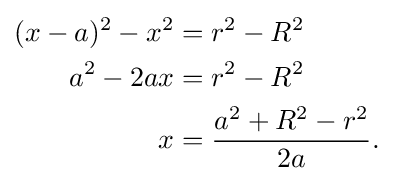
{\begin{aligned}(x-a)^{2}-x^{2}&=r^{2}-R^{2}\\a^{2}-2ax&=r^{2}-R^{2}\\x&={\frac {a^{2}+R^{2}-r^{2}}{2a}}.\end{aligned}}